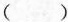
( )